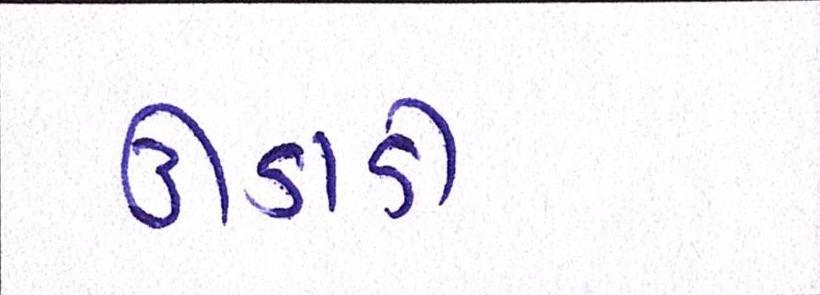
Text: ઊડાડી